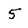
Character: 5